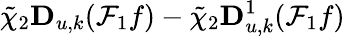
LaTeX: \tilde{\chi}_{2}\mathbf{D}_{u,k}(\mathcal{F}_{1}f)-\tilde{\chi}_{2}\mathbf{D}_{u,k}^{1}(\mathcal{F}_{1}f)